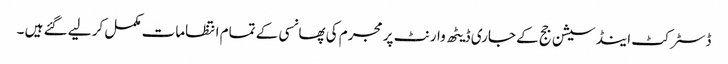
ڈسٹرکٹ اینڈ سیشن جج کے جاری ڈیٹھ وارنٹ پر مجرم کی پھانسی کے تمام انتظامات مکمل کر لیے گئے ہیں ۔